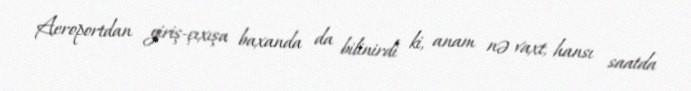
Aeroportdan giriş-çıxışa baxanda da bilinirdi ki, anam nə vaxt, hansı saatda